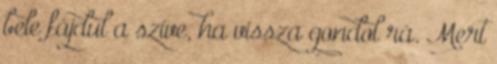
bele fájdul a szíve, ha vissza gondol rá. Mert